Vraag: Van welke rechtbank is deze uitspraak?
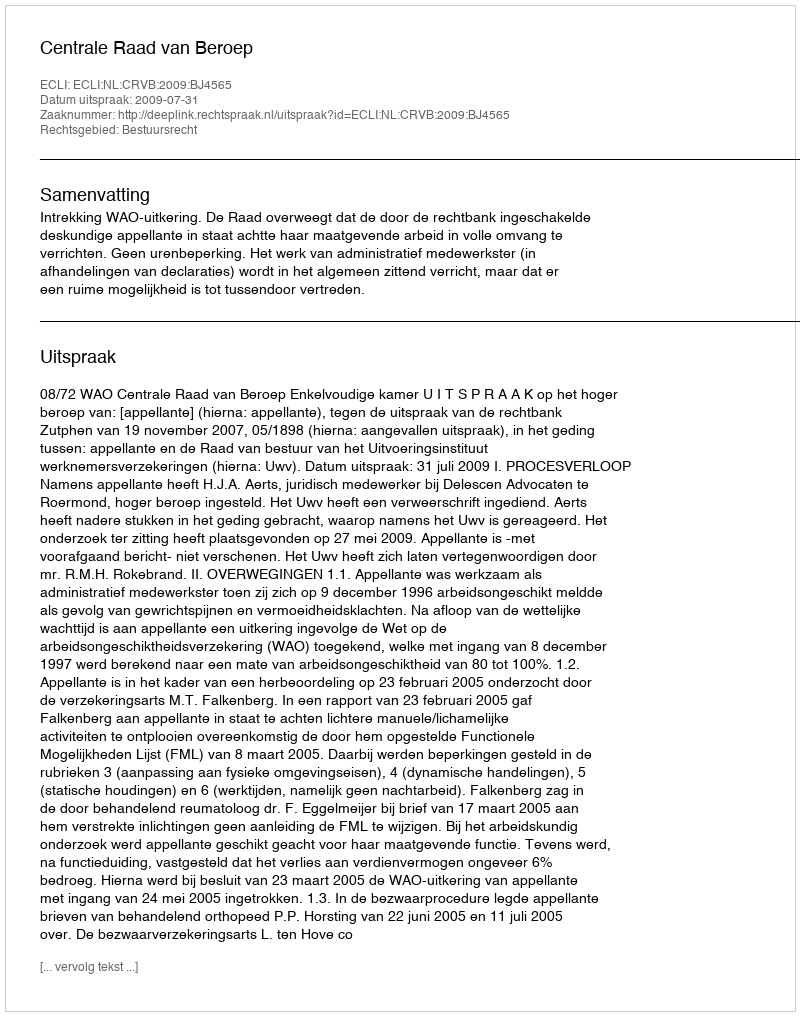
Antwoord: Centrale Raad van Beroep